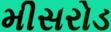
મીસરોડ